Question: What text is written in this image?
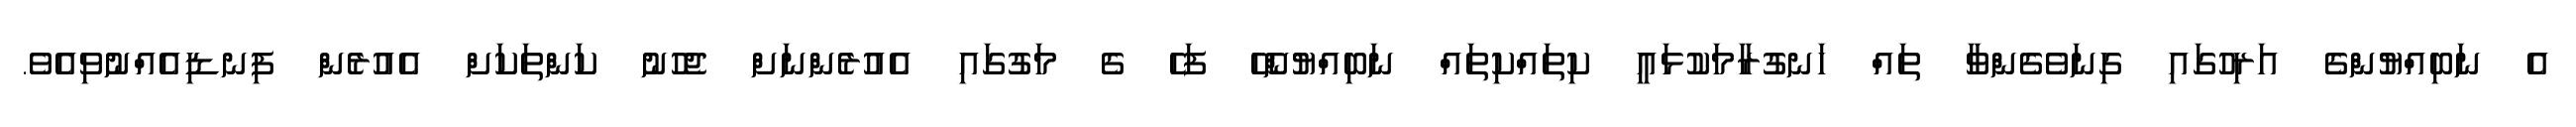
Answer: އެ ނަބިއްޔުންގެ އަރިހުގައި ގިނަވެގެންވާ ތައް ހަނގުރާމަކުޅައީ ކިތައްކިތައް ނަބިއްޔުންހޭ ފަހެ ގެ މަގުގައި އެއުރެންނަށް ޖެހުނު ކަންތަކަށް އެއުރެން ފިނޑިއެއްނުވިއެވެ.